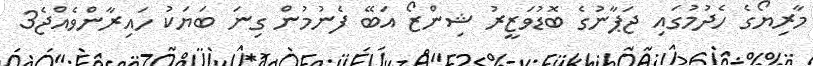
މާރިޔޯގެ ހެދުމުގައި ޖަޕާނުގެ ބޮޑުވަޒީރު ޝިންޒޯ އަބޭ ފެނުމުން ގިނަ ބަޔަކު ހައިރާންވެއްޖެ3